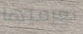
تعرفيها